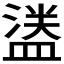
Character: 𬐮